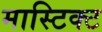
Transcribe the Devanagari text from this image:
मास्टिक्ट